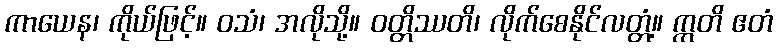
ကာယေန၊ ကိုယ်ဖြင့်။ ဝသံ၊ အလိုသို့။ ဝတ္တိဿတိ၊ လိုက်စေနိုင်လတ္တံ့။ ဣတိ ဧတံ